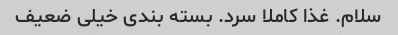
سلام. غذا کاملا سرد. بسته بندی خیلی ضعیف